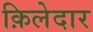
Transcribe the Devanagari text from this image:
क़िलेदार